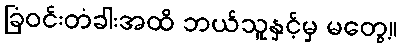
ခြံဝင်းတံခါးအထိ ဘယ်သူနှင့်မှ မတွေ့။